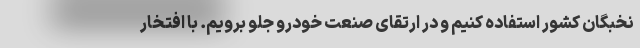
نخبگان کشور استفاده کنیم و در ارتقای صنعت خودرو جلو برویم. با افتخار